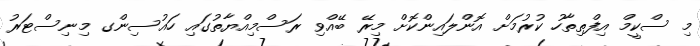
މި ސްކީމް އިފްތިތާހު ކުރުމަށް އޮންލައިންކޮށް މިރޭ ބޭއްވި ރަސްމިއްޔާތުގައި ހައުސިންގ މިނިސްޓަރު